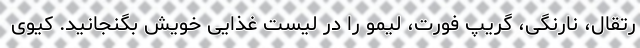
رتقال، نارنگی، گریپ فورت، لیمو را در لیست غذایی خویش بگنجانید. کیوی